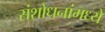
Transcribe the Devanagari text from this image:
संशोधनांमध्ये